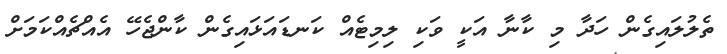
ތެލުލައިގެން ހަދާ މި ކާނާ އަކީ ވަކި ލިމިޓެއް ކަނޑައަޅައިގެން ކާންޖެހޭ އެއްޗެއްކަމަށް